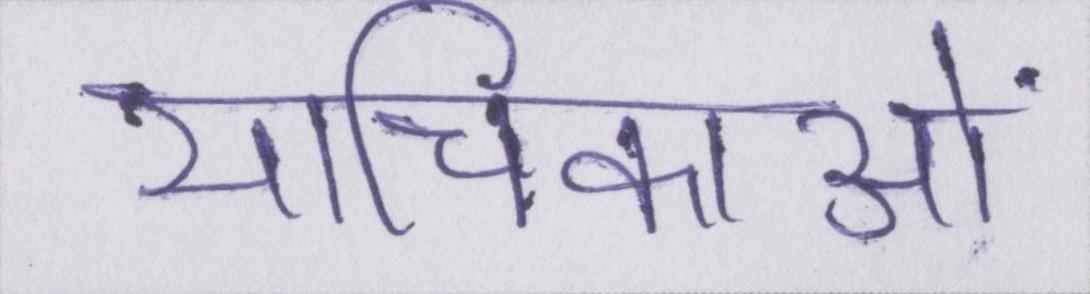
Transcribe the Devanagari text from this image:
याचिकाओं